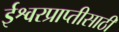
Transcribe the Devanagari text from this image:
ईश्वरप्राप्‍तीसाठी